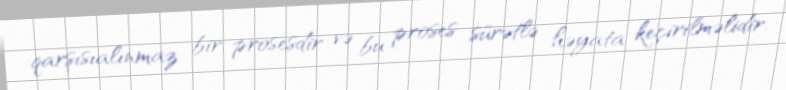
qarşısıalınmaz bir prosesdir və bu proses sürətlə həyata keçirilməlidir.